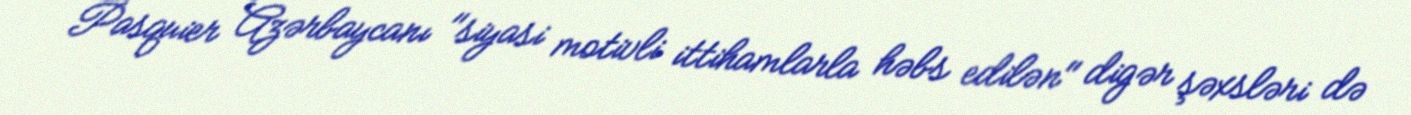
Pasquier Azərbaycanı "siyasi motivli ittihamlarla həbs edilən" digər şəxsləri də